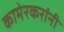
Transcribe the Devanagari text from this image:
कामेरकरांनी